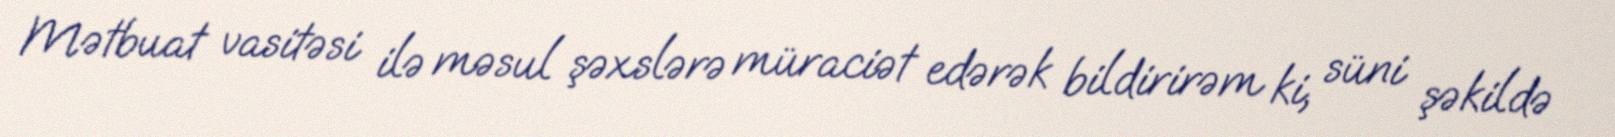
Mətbuat vasitəsi ilə məsul şəxslərə müraciət edərək bildirirəm ki, süni şəkildə